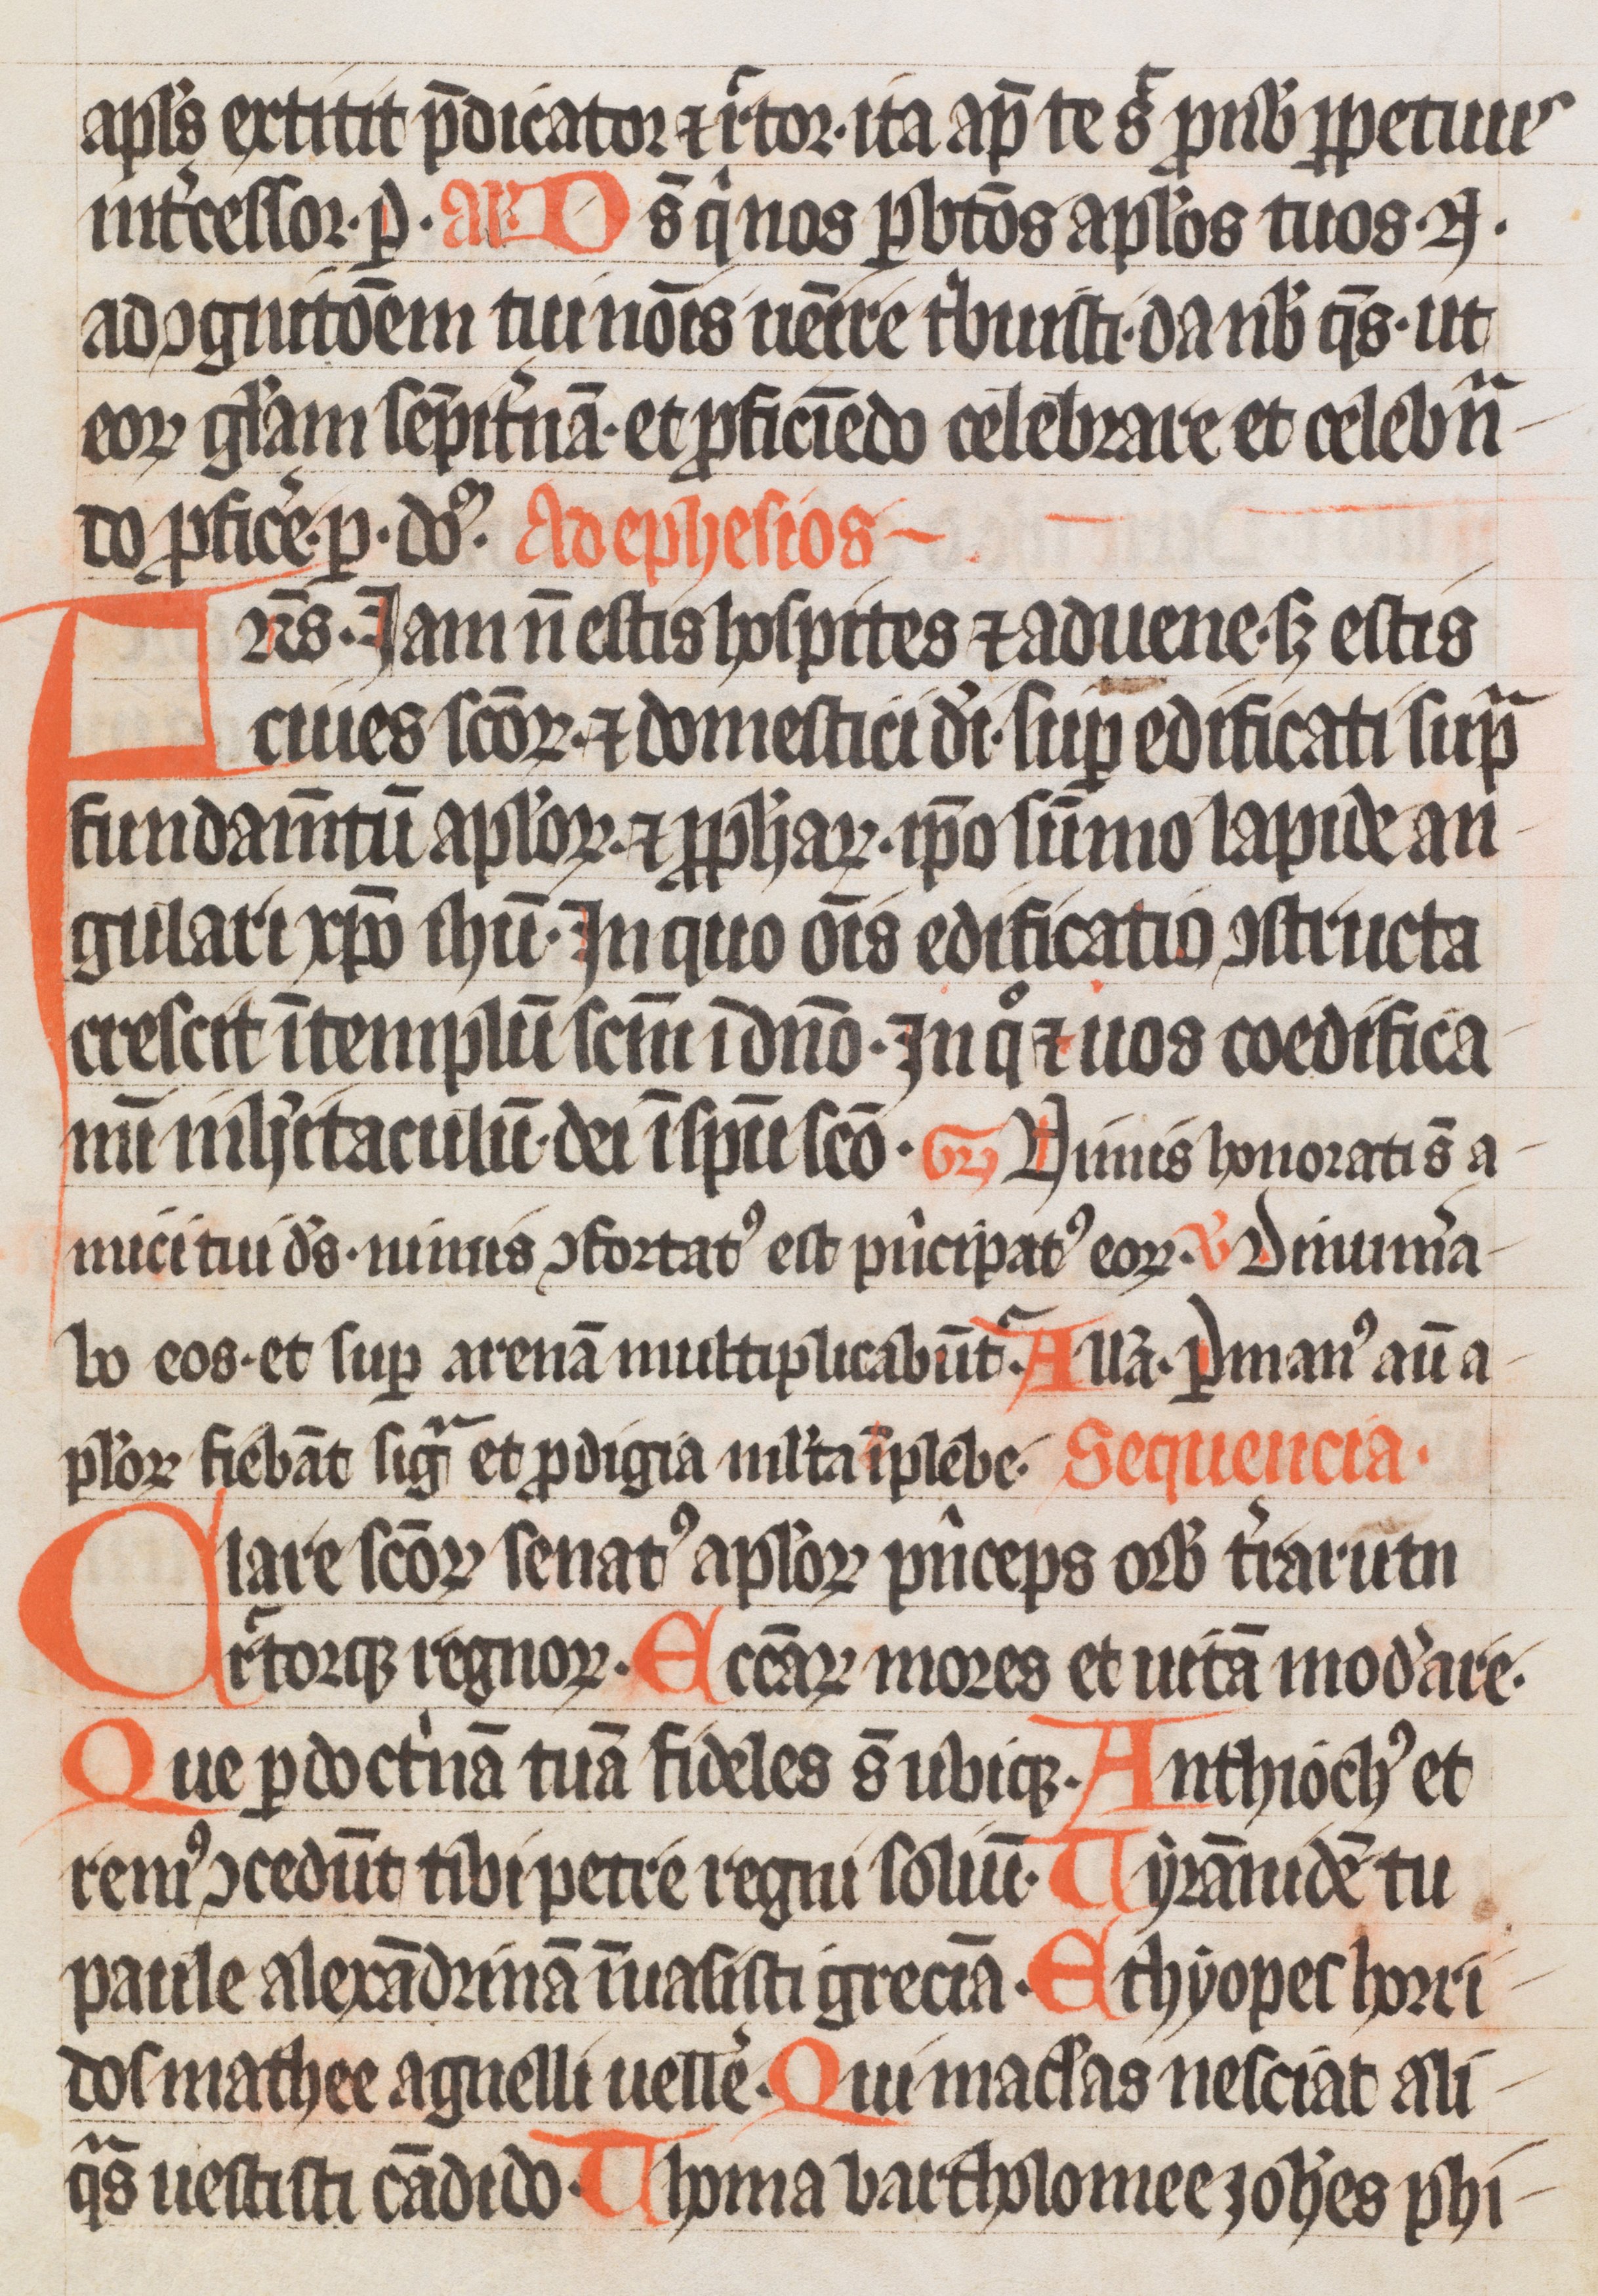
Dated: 1333–1333